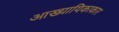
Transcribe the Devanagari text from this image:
आख्यायिकाकार